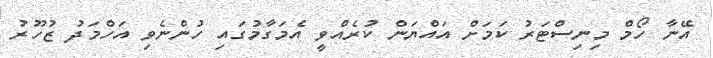
އޭނާ ހޯމް މިނިސްޓަރު ކަމަށް އައްޔަން ކުރެއްވީ އެމަގާމުގައި ހުންނެވި އަހްމަދު ޒުހޫރު